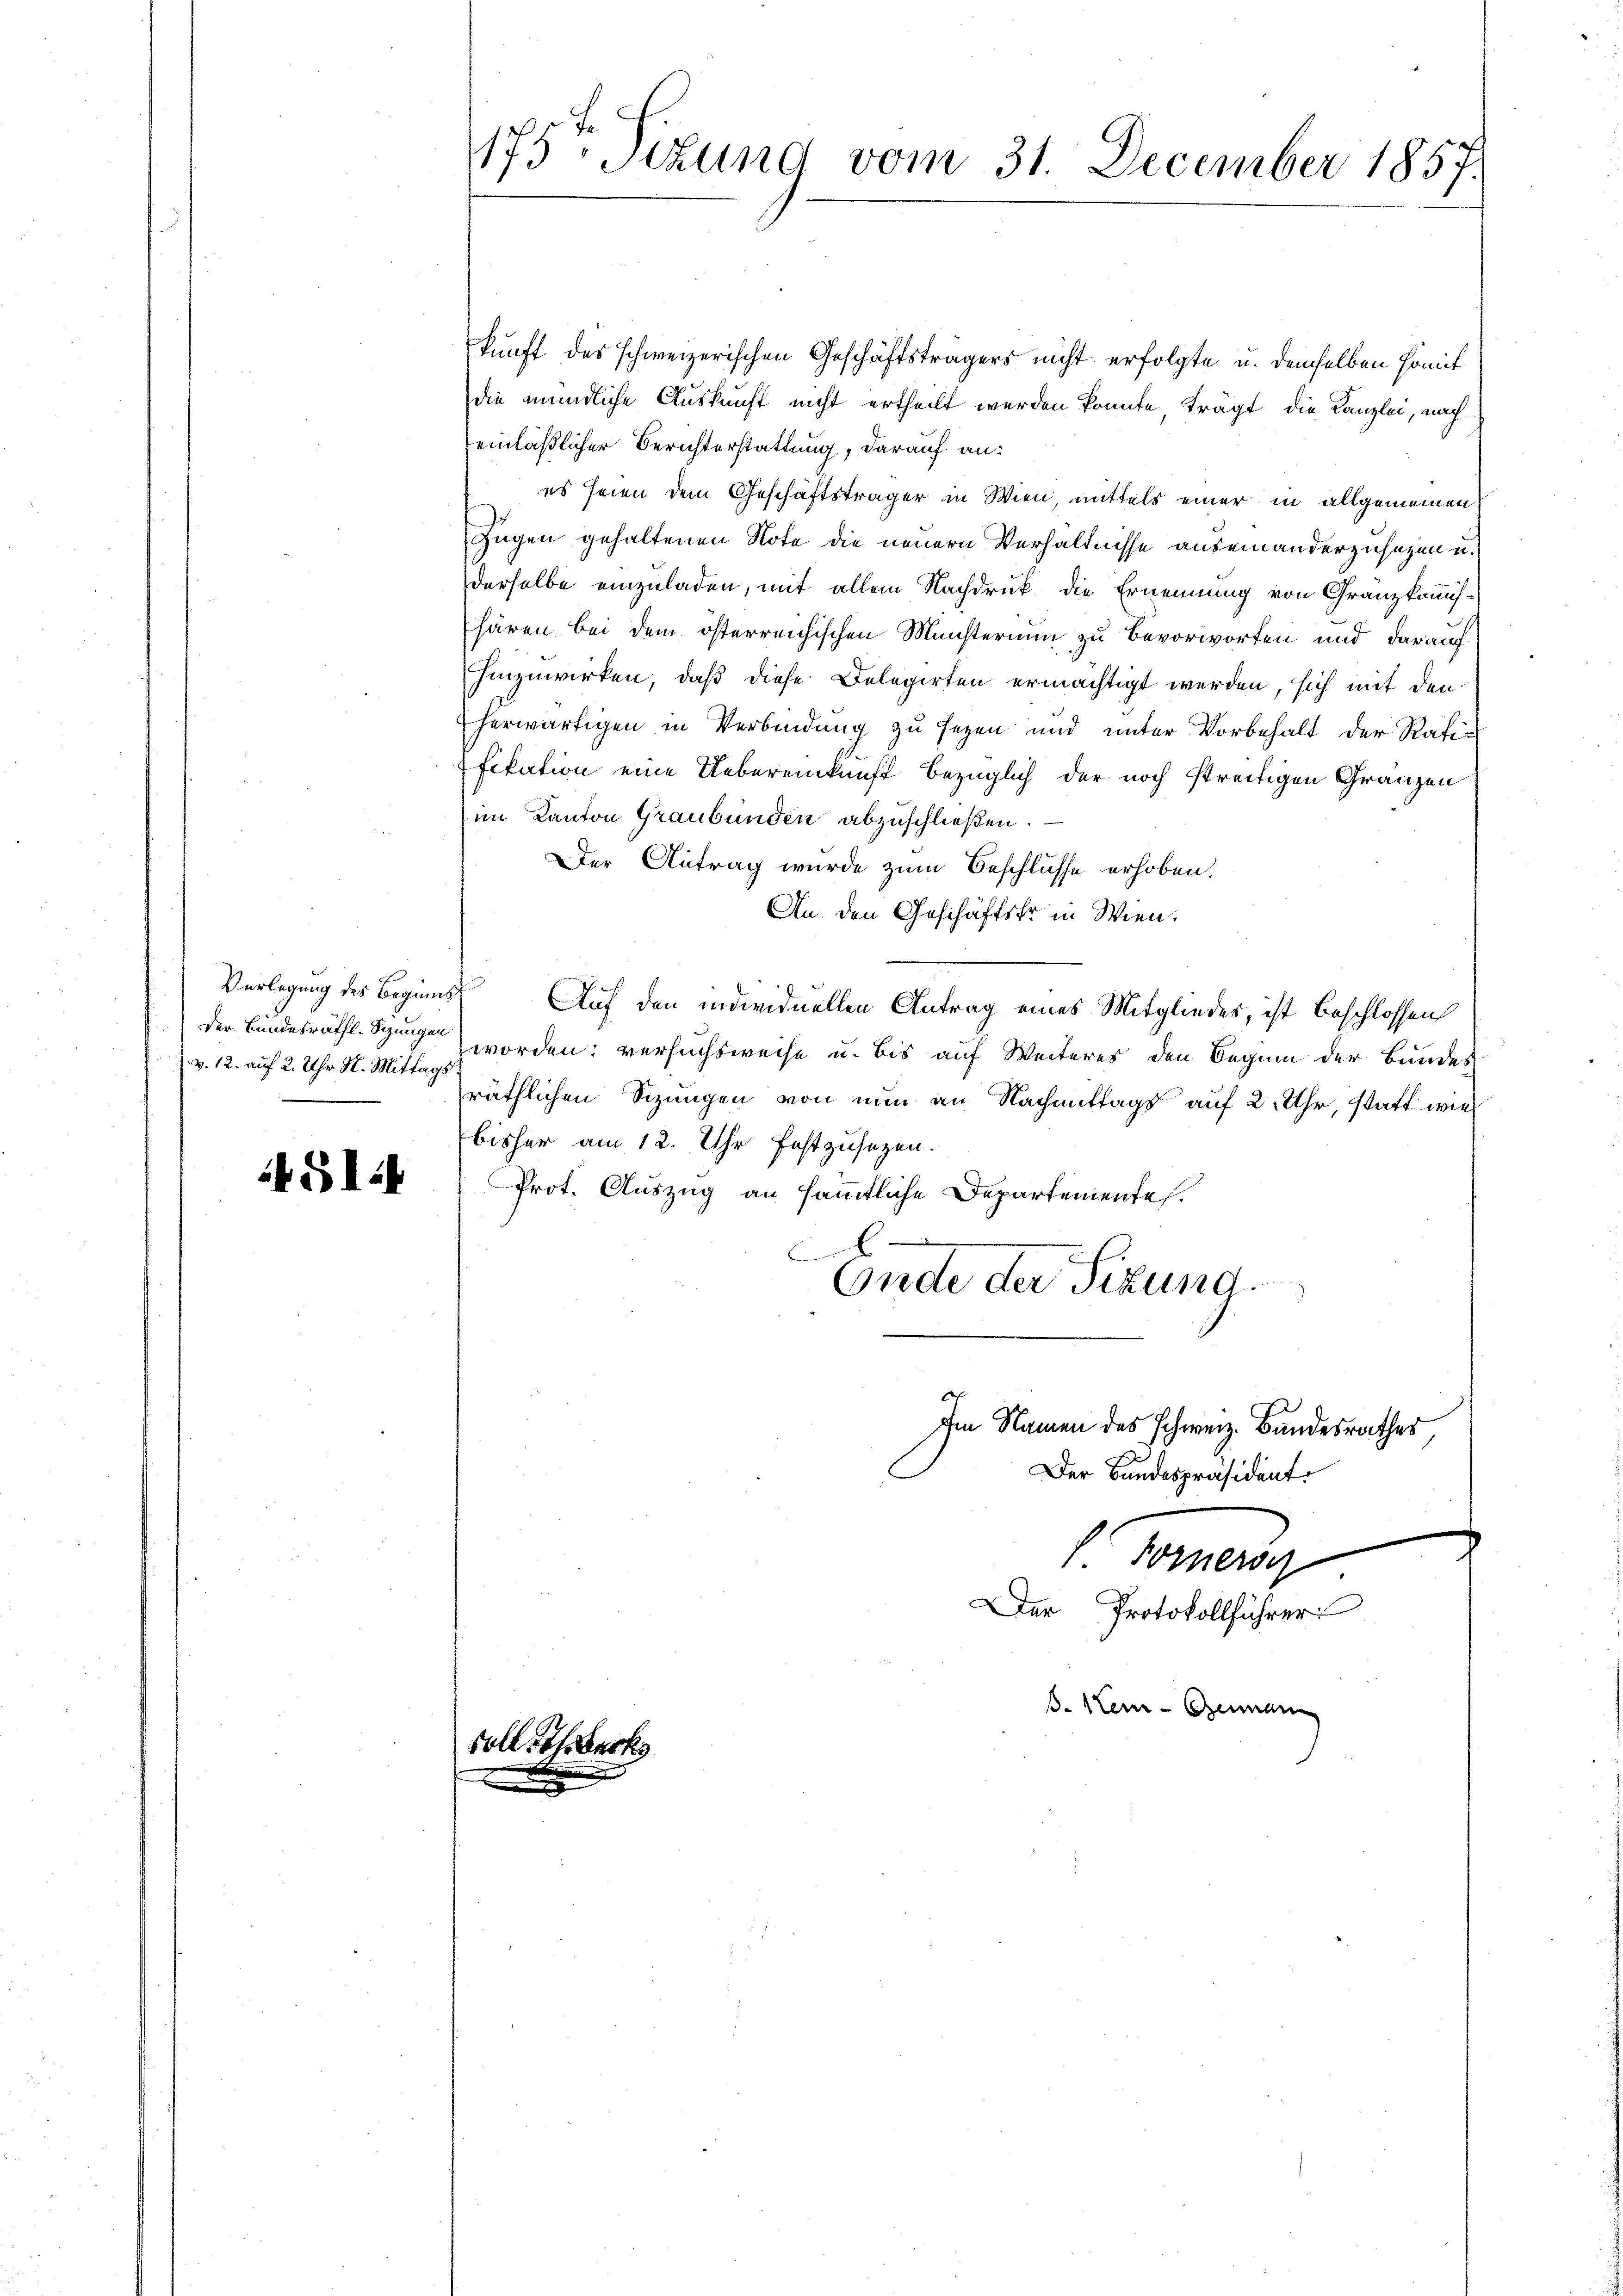
Der Bundesräthl. Schungen
v. 12. auf 2. Uhr N. Mittags

451.

175, Sitzung vom 31. December 1857.

kunft des schweizerischen Geschäftsträgers nicht erfolgte u. demselben somit
die mündliche Auskunft nicht ertheilt werden könnte trägt die Kanzlei, nacheinläßlicher Berichterstattung, darauf an:
es seien dem Geschäftsträger in Wien, mittels einer in allgemeinen
Zügen gehaltenen Note die neuern Verhältnisse auseinanderzusagen u.
derselbe einzuladen, mit allem Nachdruk die Ernennung von Granzkommis-
hären bei dem österreichischen Münsterium zu Bevorworten und darauf
hinzuwirken, daß diese Delegirten ermächtigt werden, sich mit den
herwärtigen in Verbindung zu seyen und unter Vorbehalt der Ratifikation eine Uebereinkunft bezüglich der noch streitigen Gränzen
(im Kanton Graubünden abzuschließen.
Der Antrag wurde zum Beschlüsse erhoben.
An den Geschäftstr in Wien.
Vorlegung des Beginns Auf den individuellen Antrag eines Mitgliedes, ist beschlossen
worden: versuchsweise u. bis auf Weiteres den Beginn der Bundes
räthlichen Sizungen von nun an Nachmittags auf 2 Uhr, statt wie
bisher am 12. Uhr festzusetzen.
Prot. Auszug an sämmtliche Departementes.
f
Ende der Sitzung.
h
Im Namen des schweiz. Bandesrathes
Der Bandespräsident.
l. Ferner
Der Protokollführer
s. 1ten - Genann

Fall
e